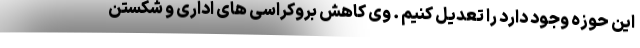
این حوزه وجود دارد را تعدیل کنیم . وی کاهش بروکراسی های اداری و شکستن